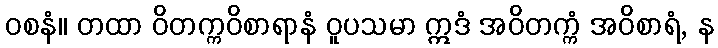
ဝစနံ။ တထာ ဝိတက္ကဝိစာရာနံ ဝူပသမာ ဣဒံ အဝိတက္ကံ အဝိစာရံ, န